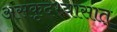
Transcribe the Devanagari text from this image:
असकृदभ्यासात्‌